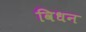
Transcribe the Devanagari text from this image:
विधन